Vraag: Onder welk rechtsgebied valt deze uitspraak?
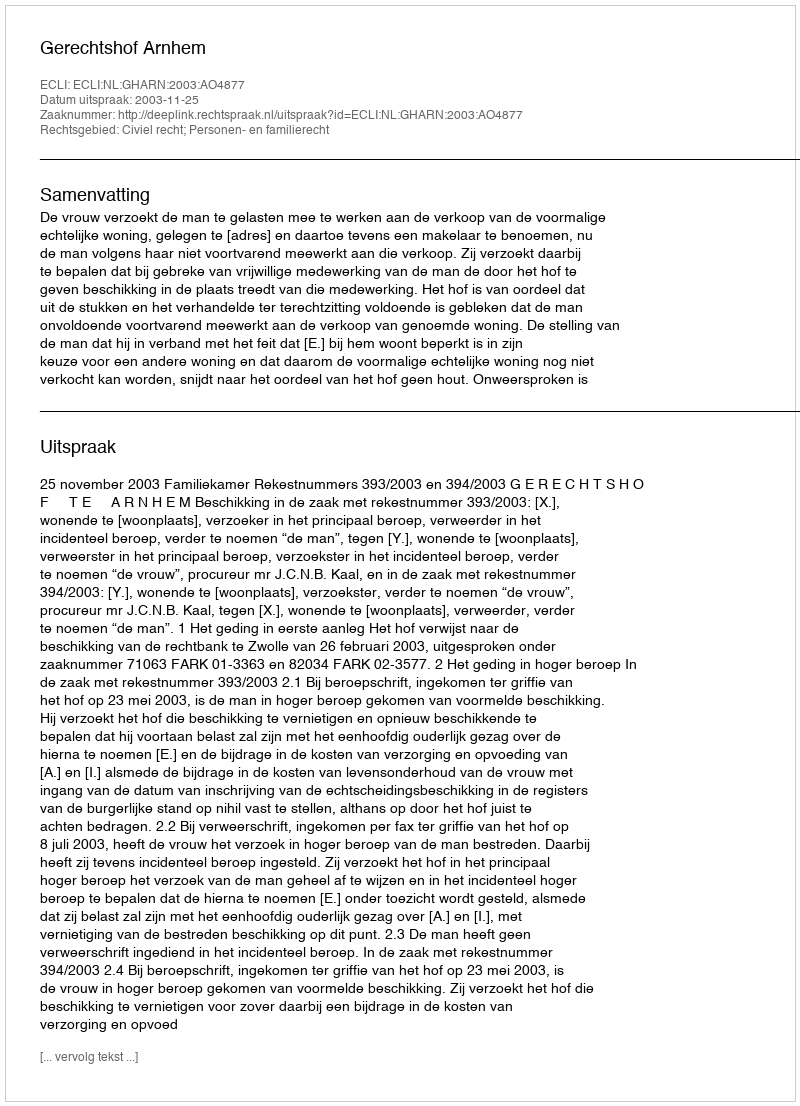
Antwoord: Civiel recht; Personen- en familierecht